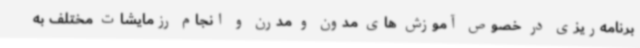
برنامه‌ریزی در خصوص آموزش های مدون و مدرن و انجام رزمایشات مختلف به